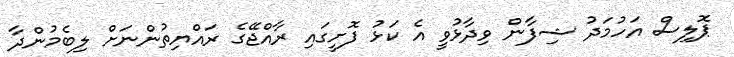
ޕޮލިސް އަހުމަދު ޝިފާން ވިދާޅުވީ އެ ކަޅު ފޮށީގައި ރާއްޖޭގެ ރައްޔިތުންނަށް ލިބެމުންދާ